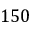
1 5 0